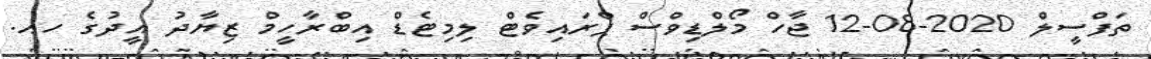
ތަފްސީލް 2020-08-12 ޖާހް މޯލްޑިވްސް ޕްރައިވެޓް ލިމިޓެޑް އިބްރާހީމް ޒިޔާދު އީދުގެ ހއ.